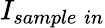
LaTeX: I_{sample\; in}